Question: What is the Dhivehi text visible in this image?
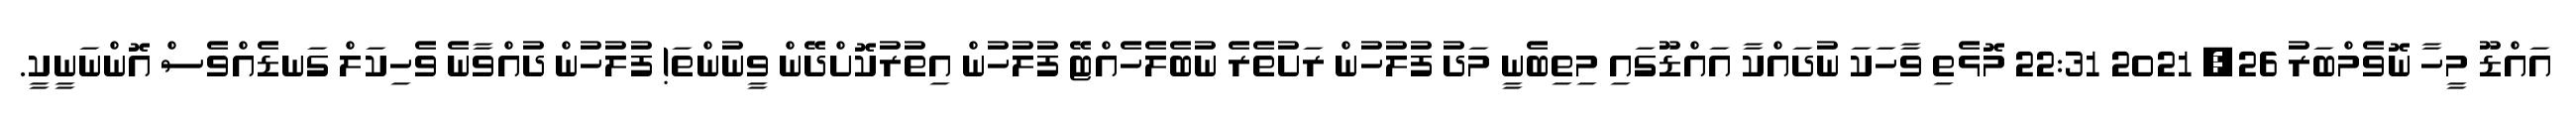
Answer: އައްޑޫ މީހާ ނޮވެމްބަރު 26, 2021 22:31 މޮޅެތި ވާހަކަ ނުދައްކާ އައްޑޫގައި މިތިބެނީ މަދު ފުލުހުން ރަށުތެރެ ނުބެލެހެއްޓޭ ފުލުހުން އިތުރުކޮށްދޭން ވީނުންތަ! ފުލުހުން ދުއްވާނެ ވެހިކަލް ގަނޑެއްވެސް އޮންނަނީކީ.